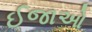
ઈજાઓ